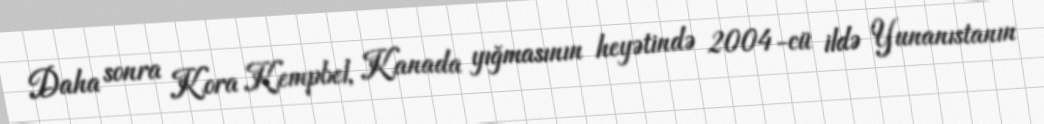
Daha sonra Kora Kempbel, Kanada yığmasının heyətində 2004-cü ildə Yunanıstanın